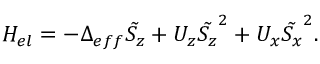
H _ { e l } = - \Delta _ { e f f } \tilde { S _ { z } } + U _ { z } \tilde { S _ { z } } ^ { 2 } + U _ { x } \tilde { S _ { x } } ^ { 2 } .